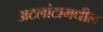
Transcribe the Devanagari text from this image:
अटलांटामधील